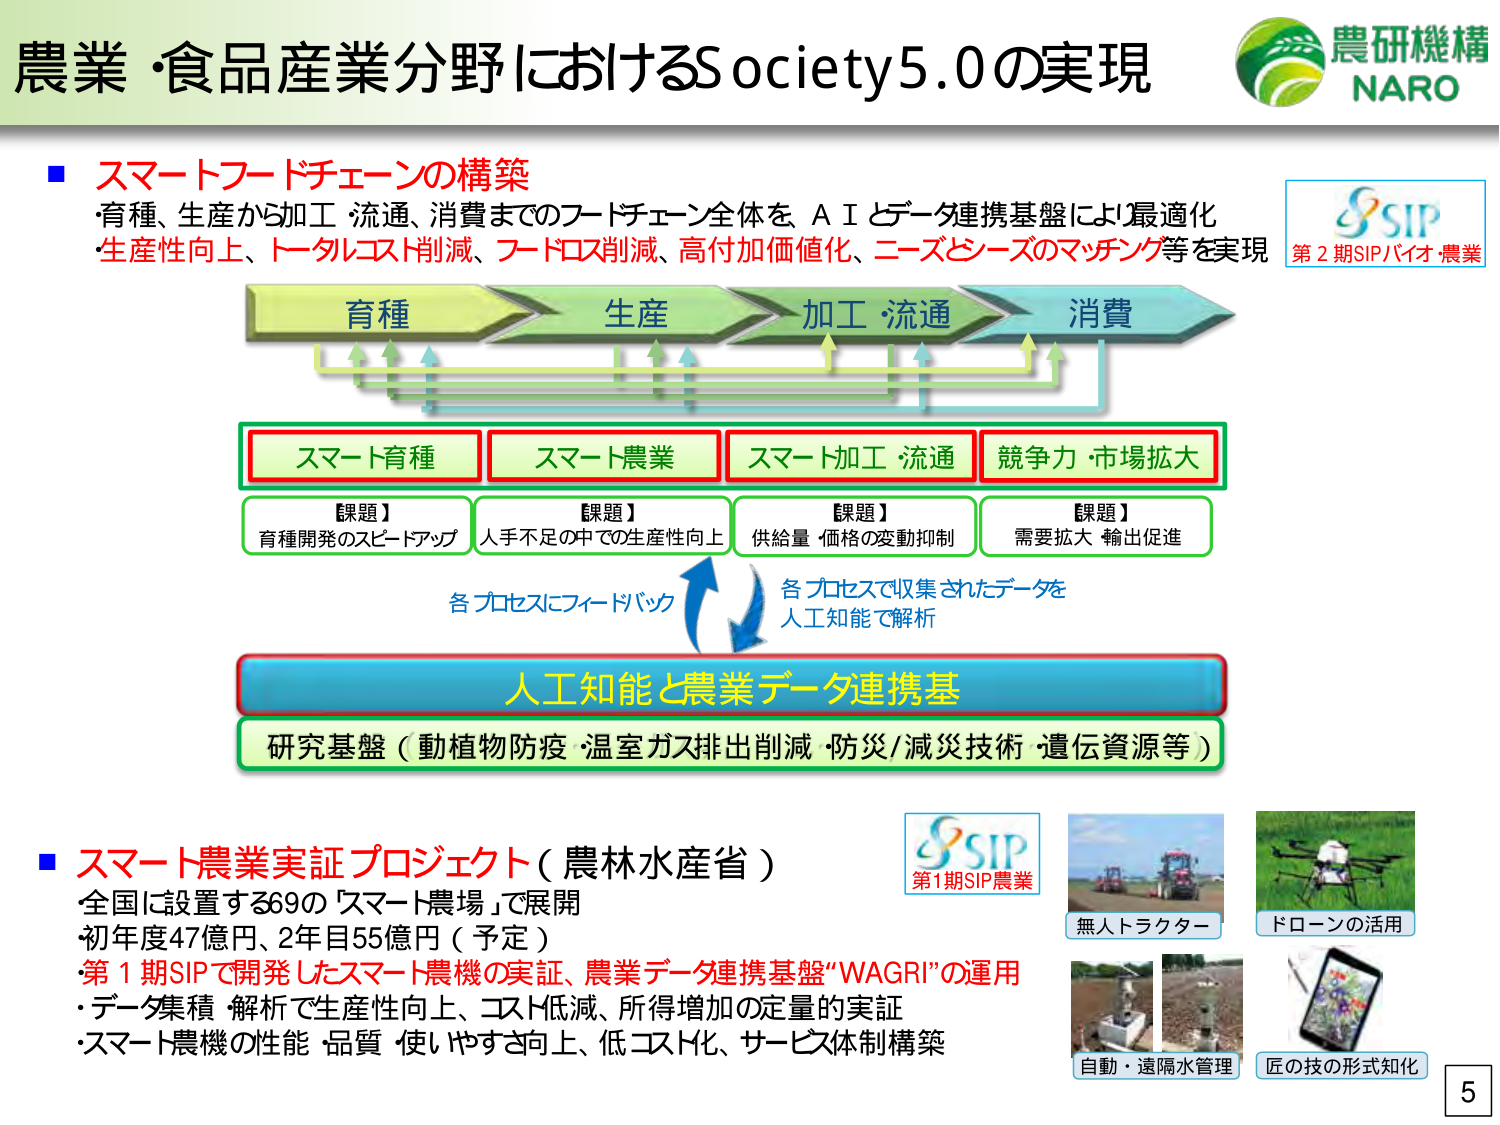
農業・食品産業分野におけるSociety5.0の実現

■ スマートフードチェーンの構築
・育種、生産から加工・流通、消費までのフードチェーン全体を、AIとデータ連携基盤により最適化
・生産性向上、トータルコスト削減、フードロス削減、高付加価値化、ニーズとシーズのマッチング等を実現

育種 → 生産 → 加工・流通 → 消費

スマート育種　　スマート農業　　スマート加工・流通　　競争力・市場拡大

【課題】育種開発のスピードアップ
【課題】人手不足の中での生産性向上
【課題】供給量・価格の変動抑制
【課題】需要拡大・輸出促進

各プロセスにフィードバック
各プロセスで収集されたデータを
人工知能で解析

人工知能と農業データ連携基盤

研究基盤（動植物防疫・温室ガス排出削減・防災/減災技術・遺伝資源等）

■ スマート農業実証プロジェクト（農林水産省）
全国に設置する69の「スマート農場」で展開
初年度47億円、2年目55億円（予定）
・第1期SIPで開発したスマート農機の実証、農業データ連携基盤“WAGRI”の運用
・データ集積・解析で生産性向上、コスト低減、所得増加の定量的実証
・スマート農機の性能・品質・使いやすさ向上、低コスト化、サービス体制構築

第2期SIPバイオ・農業
第1期SIP農業

無人トラクター
ドローンの活用
自動・遠隔水管理
匠の技の形式知化

5